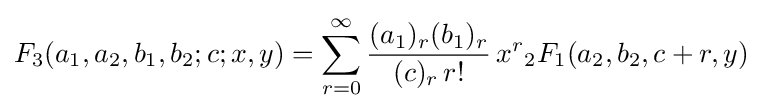
F_{3}(a_{1},a_{2},b_{1},b_{2};c;x,y)=\sum _{r=0}^{\infty }{\frac {(a_{1})_{r}(b_{1})_{r}}{(c)_{r}\,r!}}\,x^{r}{}_{2}F_{1}(a_{2},b_{2},c+r,y)~